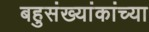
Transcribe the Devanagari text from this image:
बहुसंख्यांकांच्या